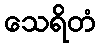
သေရိတံ